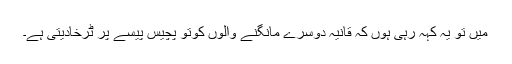
میں تو یہ کہہ رہی ہوں کہ قانیہ دوسرے مانگنے والوں کوتو پچیس پیسے پر ٹرخادیتی ہے۔